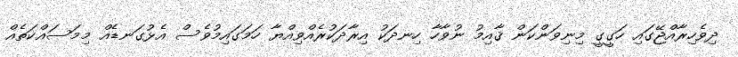
ދިވެހިރާއްޖޭގައި ހަގީގީ މިނިވަންކަން ޤާއިމު ނުވާހާ ހިނދަކު އިރާދަކުރެއްވިއްޔާ ހަމަގައިމުވެސް އެޅުގަނޑެއް މިމަސައްކަތެއް